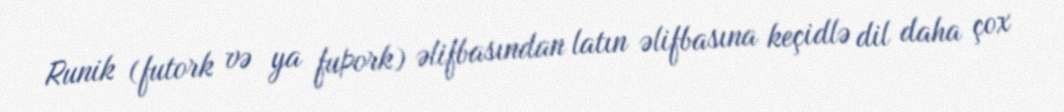
Runik (futork və ya fuþork) əlifbasından latın əlifbasına keçidlə dil daha çox